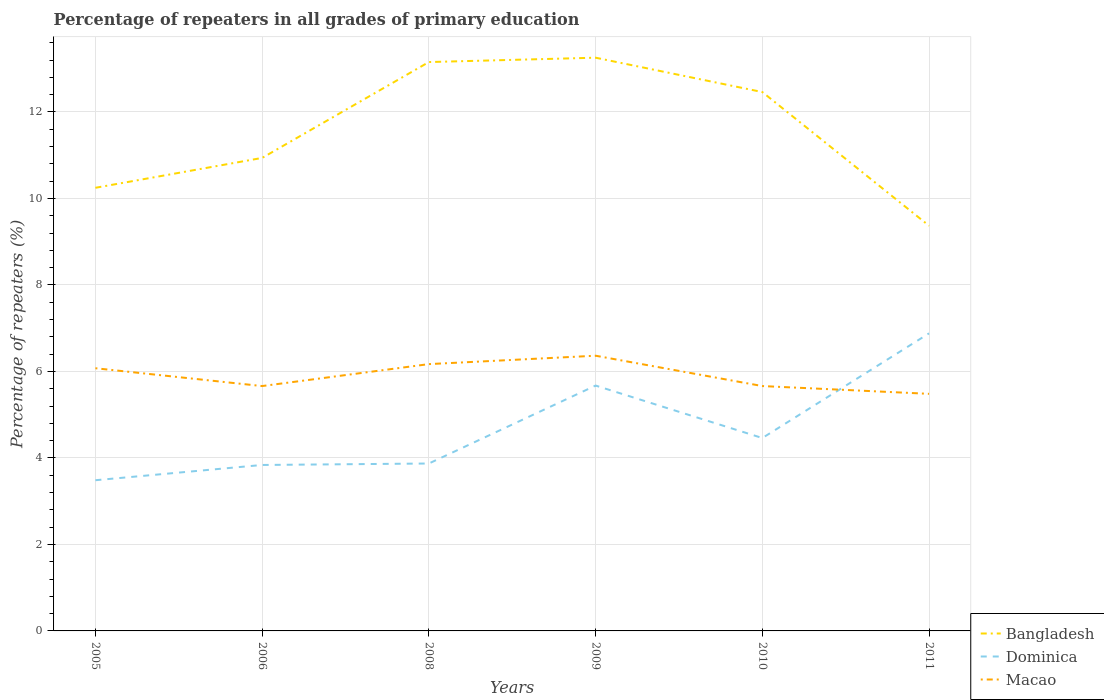
| Years | Bangladesh | Dominica | Macao |
 | --- | --- | --- | --- |
 | 2005 | 10.2 | 3.48 | 6.07 |
 | 2006 | 10.9 | 3.84 | 5.66 |
 | 2008 | 13.2 | 3.87 | 6.17 |
 | 2009 | 13.3 | 5.67 | 6.36 |
 | 2010 | 12.5 | 4.46 | 5.66 |
 | 2011 | 9.37 | 6.88 | 5.48 |